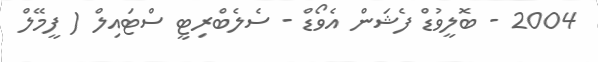
2004 - ބޮލީވުޑް ފެޝަން އެވޯޑް - ސެލެބްރިޓީ ސްޓައިލް ( ފީމޭލް